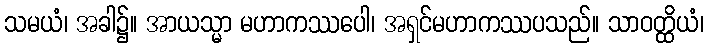
သမယံ၊ အခါ၌။ အာယသ္မာ မဟာကဿပေါ၊ အရှင်မဟာကဿပသည်။ သာဝတ္ထိယံ၊